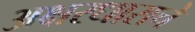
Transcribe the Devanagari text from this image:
अक्षरधाराचे